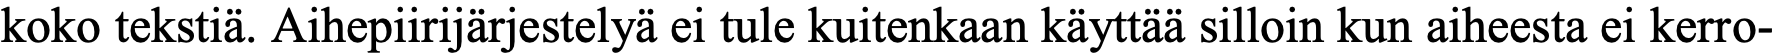
koko tekstiä. Aihepiirijärjestelyä ei tule kuitenkaan käyttää silloin kun aiheesta ei kerro-